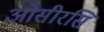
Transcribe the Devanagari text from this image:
ओसीरसि